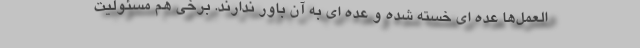
العمل‌ها عده ای خسته شده و عده ای به آن باور ندارند. برخی هم مسئولیت